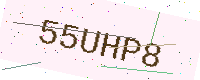
Text: 55UHP8